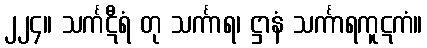
၂၂၄။ သင်္ကဋီရံ တု သင်္ကာရ၊ ဋ္ဌာနံ သင်္ကာရကူဋကံ။